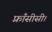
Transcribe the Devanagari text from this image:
फ़्राँसीसी।